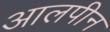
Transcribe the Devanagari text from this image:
आलपीन